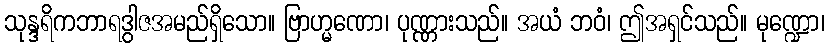
သုန္ဒရိကဘာရဒွါဇအမည်ရှိသော။ ဗြာဟ္မဏော၊ ပုဏ္ဏားသည်။ အယံ ဘဝံ၊ ဤအရှင်သည်။ မုဏ္ဍော၊